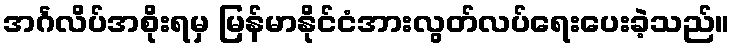
အင်္ဂလိပ်အစိုးရမှ မြန်မာနိုင်ငံအားလွတ်လပ်ရေးပေးခဲ့သည်။